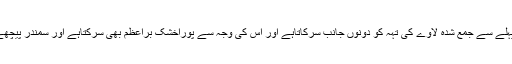
جب نیا لاوانکلتاہے تو پہلے سے جمع شدہ لاوے کی تہہ کو دونوں جانب سرکاتاہے اور اس کی وجہ سے پوراخشک براعظم بھی سرکتاہے اور سمندر پیچھے کی جانب چلاجاتاہے۔